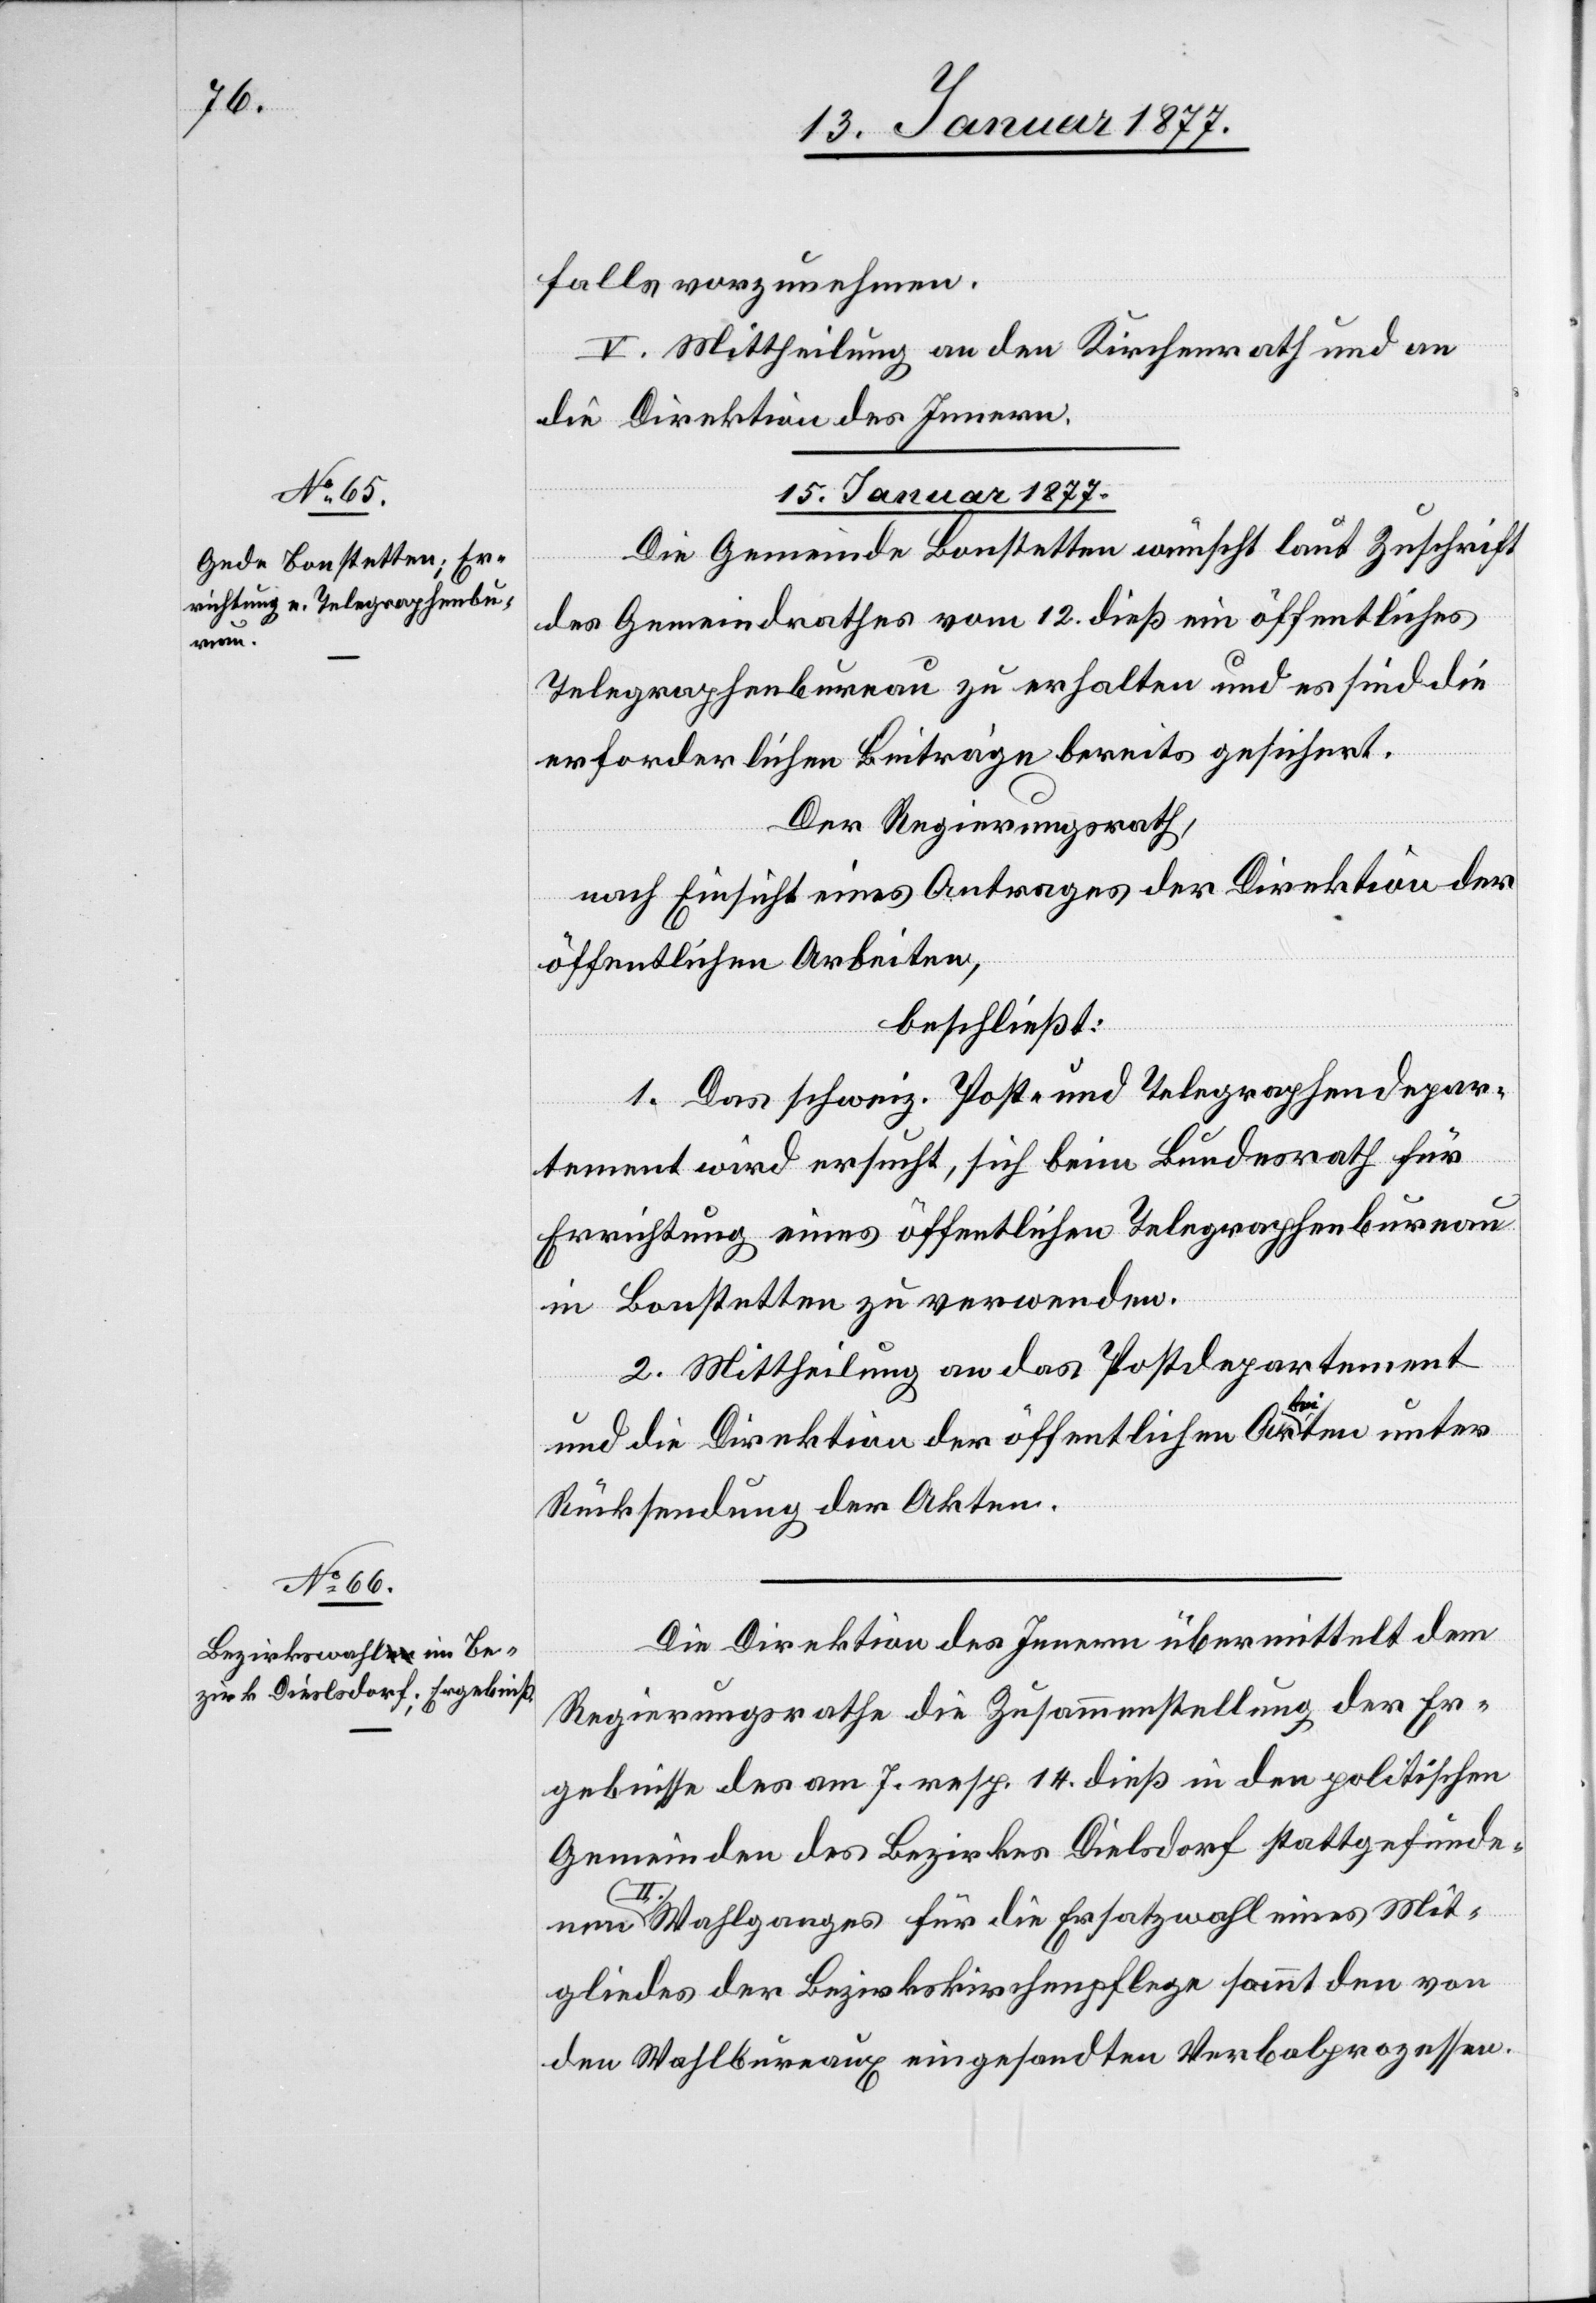
nen

falls vorzunehmen.
V. Mittheilung an den Kirchenrath und an
die Direktion des Innern.
15. Januar 1877.]
Die Gemeinde Bonstetten wünscht laut Zuschrift
des Gemeindrathes vom 12. dieß ein öffentliches
Telegraphenbureau zu erhalten und es sind die
erforderlichen Beiträge bereits gesichert.
Der Regierungsrath,
nach Einsicht eines Antrages der Direktion der
öffentlichen Arbeiten,
beschließt:
1. Das schweiz. Post- und Telegraphendepar¬
tement wird ersucht, sich beim Bundesrath für
Errichtung eines öffentlichen Telegraphenbureau
in Bonstetten zu verwenden.
2. Mittheilung an das Postdepartement
und die Direktion der öffentlichen Arbeiten unter
Rücksendung der Akten.
Die Direktion des Innern übermittelt dem
Regierungsrathe die Zusammenstellung der Er¬
gebnisse des am 7. resp. 14. dieß in den politischen
Gemeinden des Bezirkes Dielsdorf stattgefunde¬
II. Wahlganges für die Ersatzwahl eines Mit¬
gliedes der Bezirkskirchenpflege sammt den von
den Wahlbureaux eingesandten Verbalprozessen.